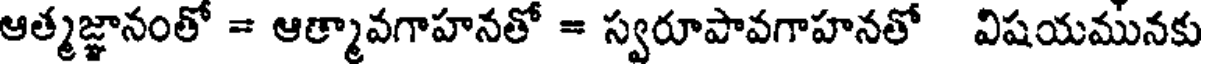
ఆత్మజ్ఞానంతో = ఆత్మావగాహనతో = స్వరూపావగాహనతో విషయమునకు